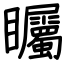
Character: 矚